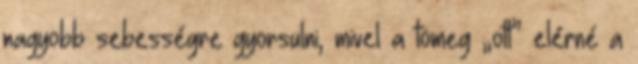
nagyobb sebességre gyorsulni, mivel a tömeg „ott” elérné a